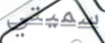
سميتي